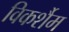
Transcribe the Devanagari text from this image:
विकर्शैम